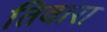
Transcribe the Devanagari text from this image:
तिवारा